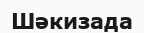
Шәкизада